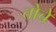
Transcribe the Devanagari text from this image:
तोचे